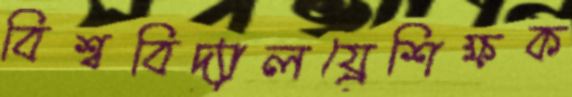
বিশ্ববিদ্যালয়্রেশিক্ষক